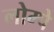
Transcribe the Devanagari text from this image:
लोम्पे